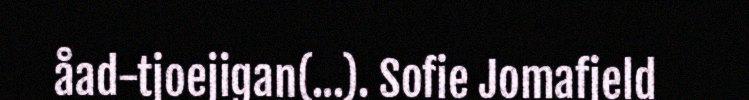
åad-tjoejigan(...). Sofie Jomafjeld